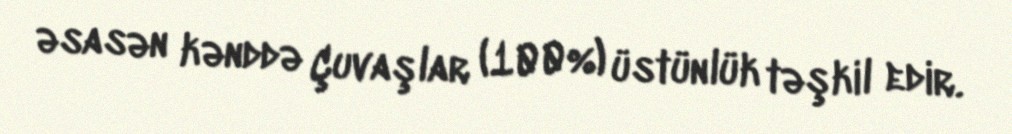
əsasən kənddə Çuvaşlar (100%) üstünlük təşkil edir.